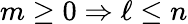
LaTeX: m\geq 0\Rightarrow\ell\leq n